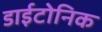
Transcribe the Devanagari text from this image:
डाईटोनिक